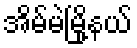
အိမ်မဲမြို့နယ်